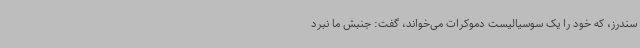
سندرز، که خود را یک سوسیالیست دموکرات می‌خواند، گفت: جنبش ما نبرد